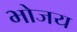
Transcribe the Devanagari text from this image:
भोजय